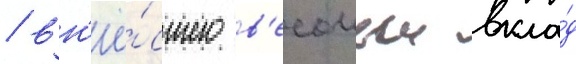
/ вн'ё́сшего в'есомыи вкла́д